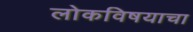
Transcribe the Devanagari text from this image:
लोकविषयाचा